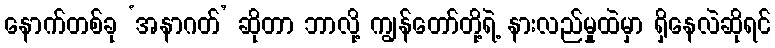
နောက်တစ်ခု ‘အနာဂတ်’ ဆိုတာ ဘာလို့ ကျွန်တော်တို့ရဲ့ နားလည်မှုထဲမှာ ရှိနေလဲဆိုရင်